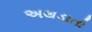
અથડાતો